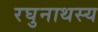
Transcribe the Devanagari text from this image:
रघुनाथस्य